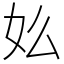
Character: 𡚸